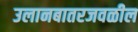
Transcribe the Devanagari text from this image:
उलानबातरजवळील